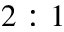
2 : 1